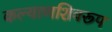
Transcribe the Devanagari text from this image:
कल्याणशिवरूप